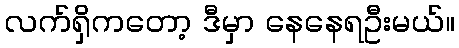
လက်ရှိကတော့ ဒီမှာ နေနေရဦးမယ်။